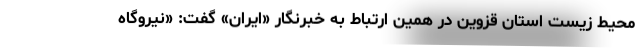
محیط زیست استان قزوین در همین ارتباط به خبرنگار «ایران» گفت: «نیروگاه